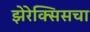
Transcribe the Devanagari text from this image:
झेरेक्सिसचा